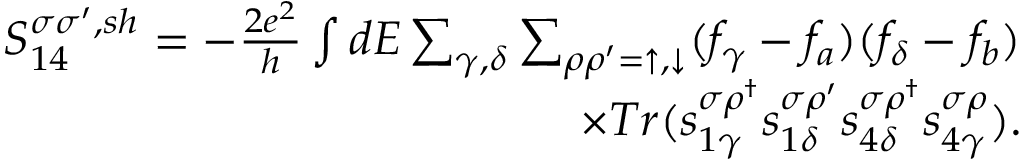
\begin{array} { r } { { S _ { 1 4 } ^ { \sigma \sigma ^ { \prime } , s h } } = - \frac { 2 e ^ { 2 } } { h } \int d E \sum _ { \gamma , \delta } \sum _ { \rho \rho ^ { \prime } = \uparrow , \downarrow } ( f _ { \gamma } - f _ { a } ) ( f _ { \delta } - f _ { b } ) } \\ { \times T r ( s _ { 1 \gamma } ^ { \sigma \rho ^ { \dagger } } s _ { 1 \delta } ^ { \sigma \rho ^ { \prime } } s _ { 4 \delta } ^ { \sigma \rho ^ { \dagger } } s _ { 4 \gamma } ^ { \sigma \rho } ) . } \end{array}